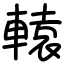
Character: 轅